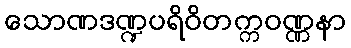
သောဏဒဏ္ဍပရိဝိတက္ကဝဏ္ဏနာ